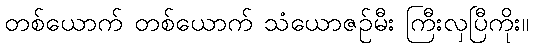
တစ်ယောက် တစ်ယောက် သံယောဇဉ်မီး ကြီးလှပြီကိုး။